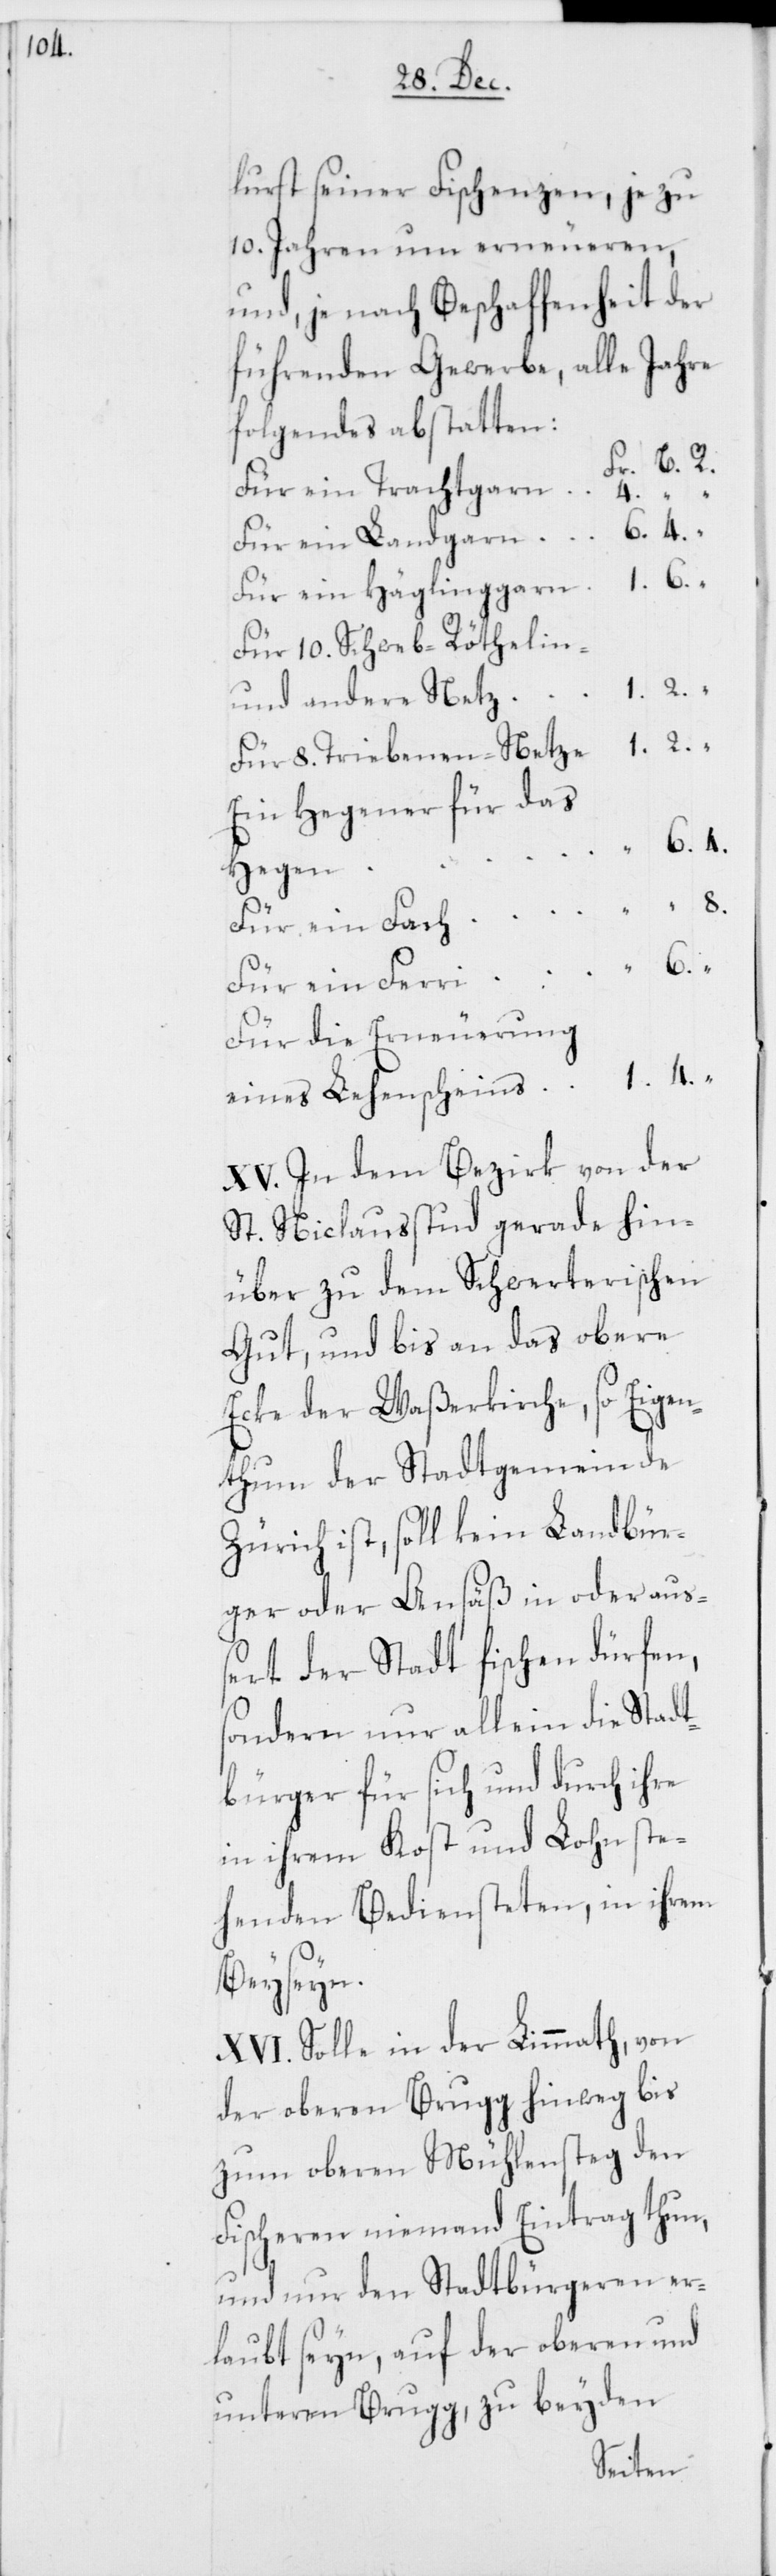
8.

lurst seiner Fischenzen, je zu
10. Jahren um erneueren,
und je nach Beschaffenheit der
führenden Gewerbe, alle Jahre
folgendes abstatten:
Für ein Trachtgarn
Für ein Landgarn
6.
Für ein Häglinggarn
Für 10. Schweb-Röthelin-
und andere Netz
Ein Hegener für das
Für die Erneuerung
eines Lehenscheins
XV. In dem Bezirk von der
St. Niclausstud gerade hin¬
über zu dem Schwerterischen
Gut, und bis an das obere
Ecke der Waßerkirche, so Eigen¬
thum der Stadtgemeinde
Zürich ist, soll kein Landbür¬
ger oder Ansäß in oder au¬
ßert der Stadt fischen dürfen,
sondern nur allein die Stadt¬
bürger für sich und durch ihre
in ihrem Kost und Lohn ste¬
henden Bediensteten, in ihrem
Beyseyn.
XVI. Solle in der Limmath, von
der oberen Brugg hinweg bis
zum oberen Mühlensteg den
Fischeren niemand Eintrag thun,
und nur den Stadtbürgeren er¬
laubt seyn, auf der oberen und
unteren Brugg, zu beyden
ein